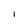
Character: I